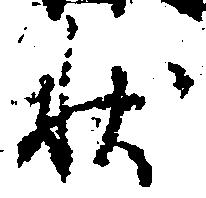
状